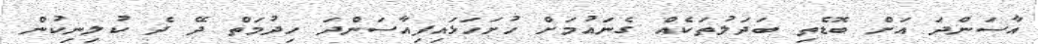
އާސަންދަ އަށް ބޮޑެތި ބަދަލުތަކެއް ގެނައުމަށް ހުށަހަޅައިފިއާސަންދަ ހިދުމަތް ދޭ ދެ ކުލިނިކުން